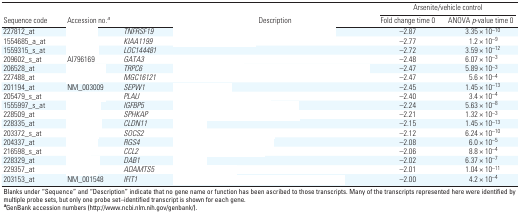
<table><thead><tr><td rowspan="2"><b>Sequence code</b></td><td rowspan="2"><b>Accession no.<sup><i>a</i></sup></b></td><td rowspan="2">[EMPTY_CELL]</td><td rowspan="2"><b>Description</b></td><td colspan="2"><b>Arsenite/vehicle control</b></td></tr><tr><td><b>Fold change time 0</b></td><td><b>ANOVA <i>p</i>-value time 0</b></td></tr></thead><tbody><tr><td><b>227812_at</b></td><td>[EMPTY_CELL]</td><td><i>TNFRSF19</i></td><td>[EMPTY_CELL]</td><td>–2.87</td><td>3.35 × 10<sup>–10</sup></td></tr><tr><td><b>1554685_a_at</b></td><td>[EMPTY_CELL]</td><td><i>KIAA1199</i></td><td>[EMPTY_CELL]</td><td>–2.77</td><td>1.2 × 10<sup>–9</sup></td></tr><tr><td><b>1559315_s_at</b></td><td>[EMPTY_CELL]</td><td><i>LOC144481</i><i></i></td><td>[EMPTY_CELL]</td><td>–2.72</td><td>3.59 × 10<sup>–12</sup></td></tr><tr><td><b>209602_s_at</b></td><td>AI796169</td><td><i>GATA3</i></td><td>[EMPTY_CELL]</td><td>–2.48</td><td>6.07 × 10<sup>–3</sup></td></tr><tr><td><b>206528_at</b></td><td>[EMPTY_CELL]</td><td><i>TRPC6</i></td><td>[EMPTY_CELL]</td><td>–2.47</td><td>5.89 × 10<sup>–3</sup></td></tr><tr><td><b>227488_at</b></td><td>[EMPTY_CELL]</td><td><i>MGC16121</i></td><td>[EMPTY_CELL]</td><td>–2.47</td><td>5.6 × 10<sup>–4 </sup></td></tr><tr><td><b>201194_at</b></td><td>NM_003009</td><td><i>SEPW1</i></td><td>[EMPTY_CELL]</td><td>–2.45</td><td>1.45 × 10<sup>–13</sup></td></tr><tr><td><b>205479_s_at</b></td><td>[EMPTY_CELL]</td><td><i>PLAU</i></td><td>[EMPTY_CELL]</td><td>–2.40</td><td>3.4 × 10<sup>–4 </sup></td></tr><tr><td><b>1555997_s_at</b></td><td>[EMPTY_CELL]</td><td><i>IGFBP5</i></td><td>[EMPTY_CELL]</td><td>–2.24</td><td>5.63 × 10<sup>–8</sup></td></tr><tr><td><b>228509_at</b></td><td>[EMPTY_CELL]</td><td><i>SPHKAP</i><i></i></td><td>[EMPTY_CELL]</td><td>–2.21</td><td>1.32 × 10<sup>–3 </sup></td></tr><tr><td><b>228335_at</b></td><td>[EMPTY_CELL]</td><td><i>CLDN11</i></td><td>[EMPTY_CELL]</td><td>–2.15</td><td>1.45 × 10<sup>–13</sup></td></tr><tr><td><b>203372_s_at</b></td><td>[EMPTY_CELL]</td><td><i>SOCS2</i></td><td>[EMPTY_CELL]</td><td>–2.12</td><td>6.24 × 10<sup>–10</sup></td></tr><tr><td><b>204337_at</b></td><td>[EMPTY_CELL]</td><td><i>RGS4</i></td><td>[EMPTY_CELL]</td><td>–2.08</td><td>6.0 × 10<sup>–5 </sup></td></tr><tr><td><b>216598_s_at</b></td><td>[EMPTY_CELL]</td><td><i>CCL2</i></td><td>[EMPTY_CELL]</td><td>–2.06</td><td>8.8 × 10<sup>–4 </sup></td></tr><tr><td><b>228329_at</b></td><td>[EMPTY_CELL]</td><td><i>DAB1</i><i></i></td><td>[EMPTY_CELL]</td><td>–2.02</td><td>6.37 × 10<sup>–7</sup></td></tr><tr><td><b>229357_at</b></td><td>[EMPTY_CELL]</td><td><i>ADAMTS5</i></td><td>[EMPTY_CELL]</td><td>–2.01</td><td>1.04 × 10<sup>–11</sup></td></tr><tr><td><b>203153_at</b></td><td>NM_001548</td><td><i>IFIT1</i></td><td>[EMPTY_CELL]</td><td>–2.00</td><td>4.2 × 10<sup>–4 </sup></td></tr><tr><td colspan="6">Blanks under “Sequence” and “Description” indicate that no gene name or function has been ascribed to those transcripts. Many of the transcripts represented here were identified by multiple probe sets, but only one probe set–identified transcript is shown for each gene. <sup><i><b>a</b></i></sup>GenBank accession numbers (http://www.ncbi.nlm.nih.gov/genbank/).</td></tr></tbody></table>